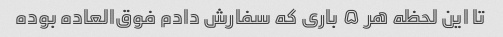
تا این لحظه هر ۵ باری که سفارش دادم فوق‌العاده بوده